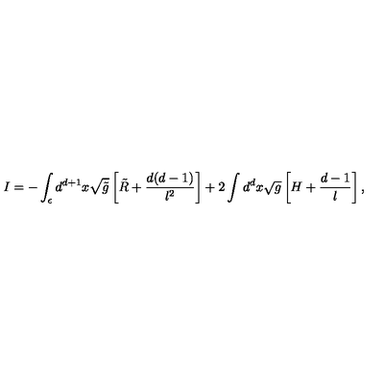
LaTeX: I = - \int _ { \epsilon } d ^ { d + 1 } x \sqrt { \tilde { g } } \left[ \tilde { R } + \frac { d ( d - 1 ) } { l ^ { 2 } } \right] + 2 \int d ^ { d } x \sqrt { g } \left[ H + \frac { d - 1 } l \right] ,